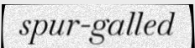
spur-galled